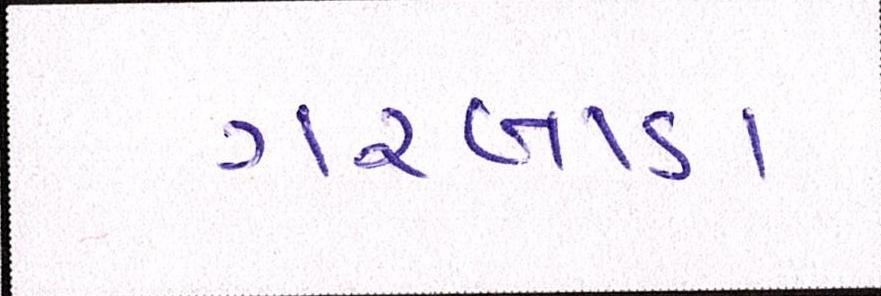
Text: ગરબાડા